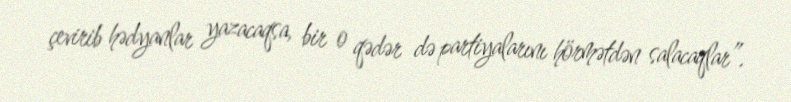
çevirib hədyanlar yazacaqsa, bir o qədər də partiyalarını hörmətdən salacaqlar”.